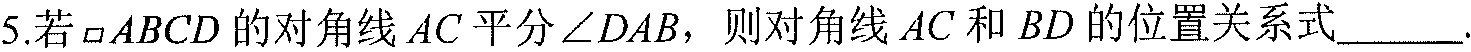
5.若 \(\square ABCD\) 的对角线 \(AC\) 平分 \(\angle DAB\)，则对角线 \(AC\) 和 \(BD\) 的位置关系式\(\underline{\ \ \ \ \ \ \ }\).